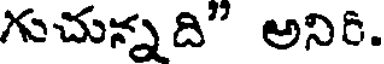
గుచున్నది' అనిరి.